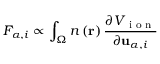
F _ { \alpha , i } \propto \int _ { \Omega } n \left( \mathbf { r } \right) \frac { \partial V \textsubscript { i o n } } { \partial \mathbf { u } _ { \alpha , i } }